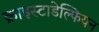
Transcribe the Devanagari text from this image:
क्राइस्टाडेल्फियन